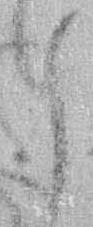
候